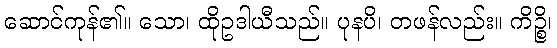
ဆောင်ကုန်၏။ သော၊ ထိုဥဒါယီသည်။ ပုနပိ၊ တဖန်လည်း။ ကိဉ္စိ၊